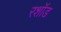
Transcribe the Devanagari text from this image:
रशॉड